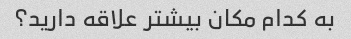
به کدام مکان بیشتر علاقه دارید؟